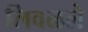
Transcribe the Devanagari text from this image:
लिवळले